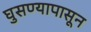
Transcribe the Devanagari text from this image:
घुसण्यापासून